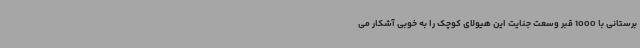
برستانی با 1000 قبر وسعت جنایت این هیولای کوچک را به خوبی آشکار می